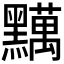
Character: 𪒪